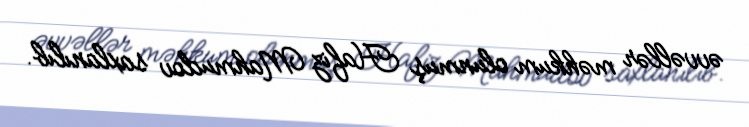
əvvəllər məhkum olunmuş Hafiz Mahmudov saxlanılıb.